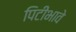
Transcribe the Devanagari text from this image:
पिटीभावे